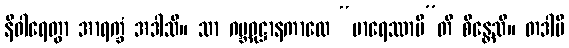
နိဝါရေတွာ အာရက္ခံ အဒါသိ။ သာ ဂဗ္ဘဝုဋ္ဌာနကာလေ “မာရေဿာမီ”တိ စိန္တေသိ။ တဒါပိ